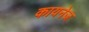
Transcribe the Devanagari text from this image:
कायनेज